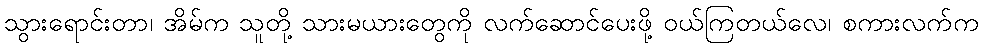
သွားရောင်းတာ၊ အိမ်က သူတို့ သားမယားတွေကို လက်ဆောင်ပေးဖို့ ဝယ်ကြတယ်လေ၊ စကားလက်က